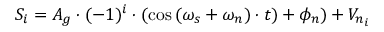
S _ { i } = A _ { g } \cdot ( - 1 ) ^ { i } \cdot ( \cos { ( \omega _ { s } + \omega _ { n } ) \cdot t ) } + \phi _ { n } ) + V _ { n _ { i } }